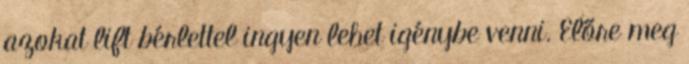
azokat lift bérlettel ingyen lehet igénybe venni. Előre meg